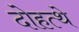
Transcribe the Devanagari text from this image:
दोहत्थे